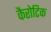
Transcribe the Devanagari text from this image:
कैरोटिक